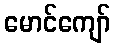
မောင်ကျော်